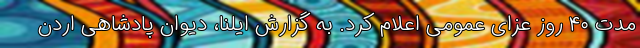
مدت ۴۰ روز عزای عمومی اعلام کرد. به گزارش ایلنا، دیوان پادشاهی اردن